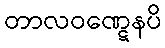
တာလဝဏ္ဋေနပိ